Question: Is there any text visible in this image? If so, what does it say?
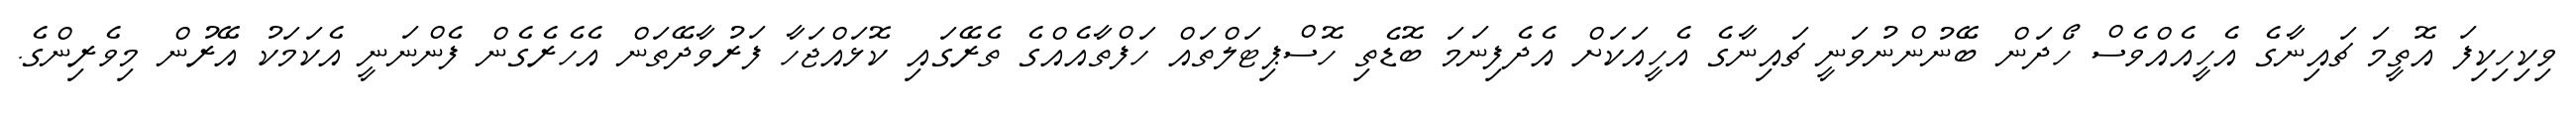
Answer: ވިކިހިކިފަ އޮތީމަ ޗައިނާގެ އެހީއެއްވެސް ހޯދަން ބޭނުންނުވަނީ ޗައިނާގެ އެހީއަކަށް އެދެފިނަމަ ބޮޑެތި ހޮސްޕިޓަލްތައް ހަފްތާއެއްގެ ތެރޭގައި ކޮޅައްޖަހާ ފަރުވާދޭތަން އެހެރެގެން ފެންނަނީ އެކަމަކު އޭރުން މިވެރިންގެ.